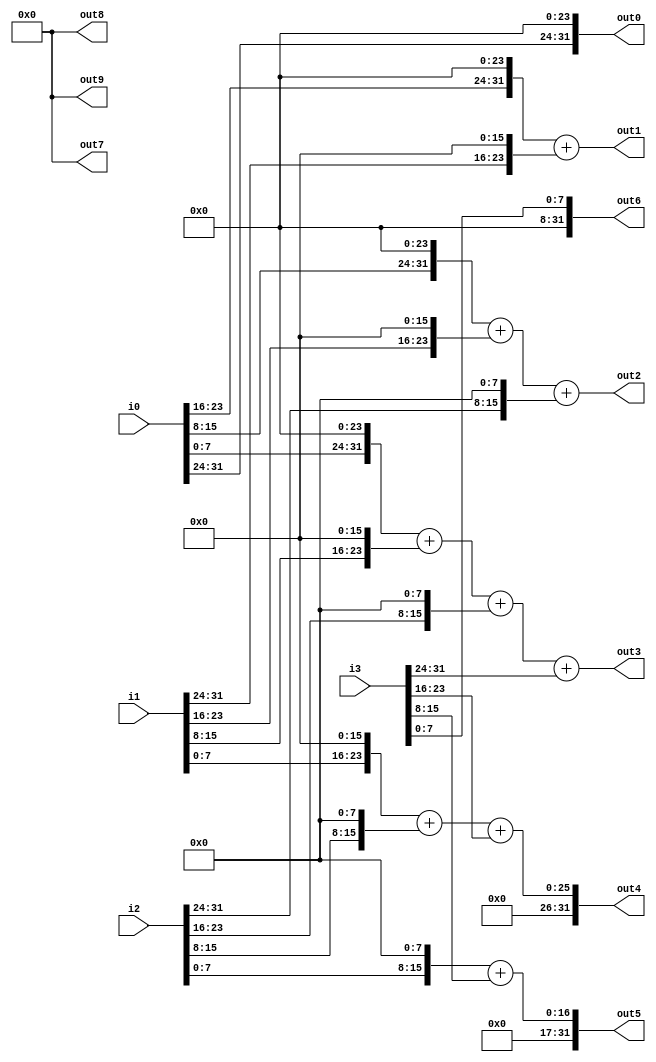
//==================================================================
// Systolic_Array_top module
//==================================================================
module row_orginizer
	#(parameter DATA_WIDTH = 32, DATA_SIZE = 8, DIM_SIZE = 4)
	(i0,i1,i2,i3,
	 out0,out1,out2,out3,out4,out5,out6,out7,out8,out9); // port list
	
	//==================================================================
	// Declarations
	//==================================================================
	
	// I/O declarations
	input wire [DATA_WIDTH-1:0]i0,i1,i2,i3; // 
	output reg [DATA_WIDTH-1:0]out0,out1,out2,out3,out4,out5,out6,out7,out8,out9; //write enable

	
	// end I/O declarations
	
	// inner wiring declarations

	// end inner wiring declarations
	
	//inner registers declarations

	
	
	//end inner registers declarations
	//assign initial values
	initial begin
		
		out0[DATA_WIDTH-1:0] = 0;
		out1[DATA_WIDTH-1:0] = 0;
		out2[DATA_WIDTH-1:0] = 0;
		out3[DATA_WIDTH-1:0] = 0;
		out4[DATA_WIDTH-1:0] = 0;
		out5[DATA_WIDTH-1:0] = 0;
		out6[DATA_WIDTH-1:0] = 0;
		out7[DATA_WIDTH-1:0] = 0;
		out8[DATA_WIDTH-1:0] = 0;
		out9[DATA_WIDTH-1:0] = 0;
		
		
	end 
	//end assigning initial values

	//==================================================================
	// End Declarations
	//==================================================================
	
	//==================================================================
	// Structural coding
	//==================================================================

	//==================================================================
	// End Structural coding
	//==================================================================
	
	
	//==================================================================
	// Structural Behavior
	//==================================================================
	always @* begin
		out0 <= (i0[31:24]<<24);
		out1 <= (i0[23:16]<<24) + (i1[31:24]<<16);
		out2 <= (i0[15:8]<<24) + (i1[23:16]<<16) + (i2[31:24]<<8);
		out3 <= (i0[7:0]<<24) + (i1[15:8]<<16) + (i2[23:16]<<8) + i3[31:24];
		out4 <= (i1[7:0]<<16)+(i2[15:8]<<8) + i3[23:16];
		out5 <= (i2[7:0]<<8) + i3[15:8];
		out6 <= i3[7:0];
	end
		
	//==================================================================
	// End Structural Behavior
	//==================================================================	

endmodule
//==================================================================
// End Systolic_Array_top module
//==================================================================